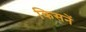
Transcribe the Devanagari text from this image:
किसनें